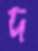
দ